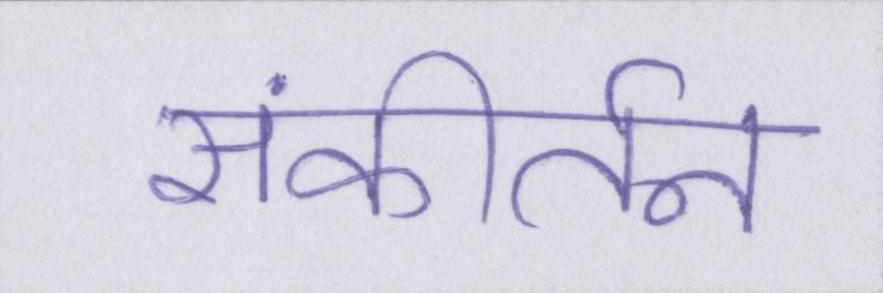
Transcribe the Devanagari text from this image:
संकीर्तन